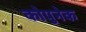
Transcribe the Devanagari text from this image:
कोपुनेक